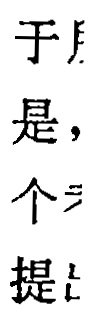
于是，个提